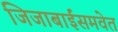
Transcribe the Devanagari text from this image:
जिजाबाईंसमवेत